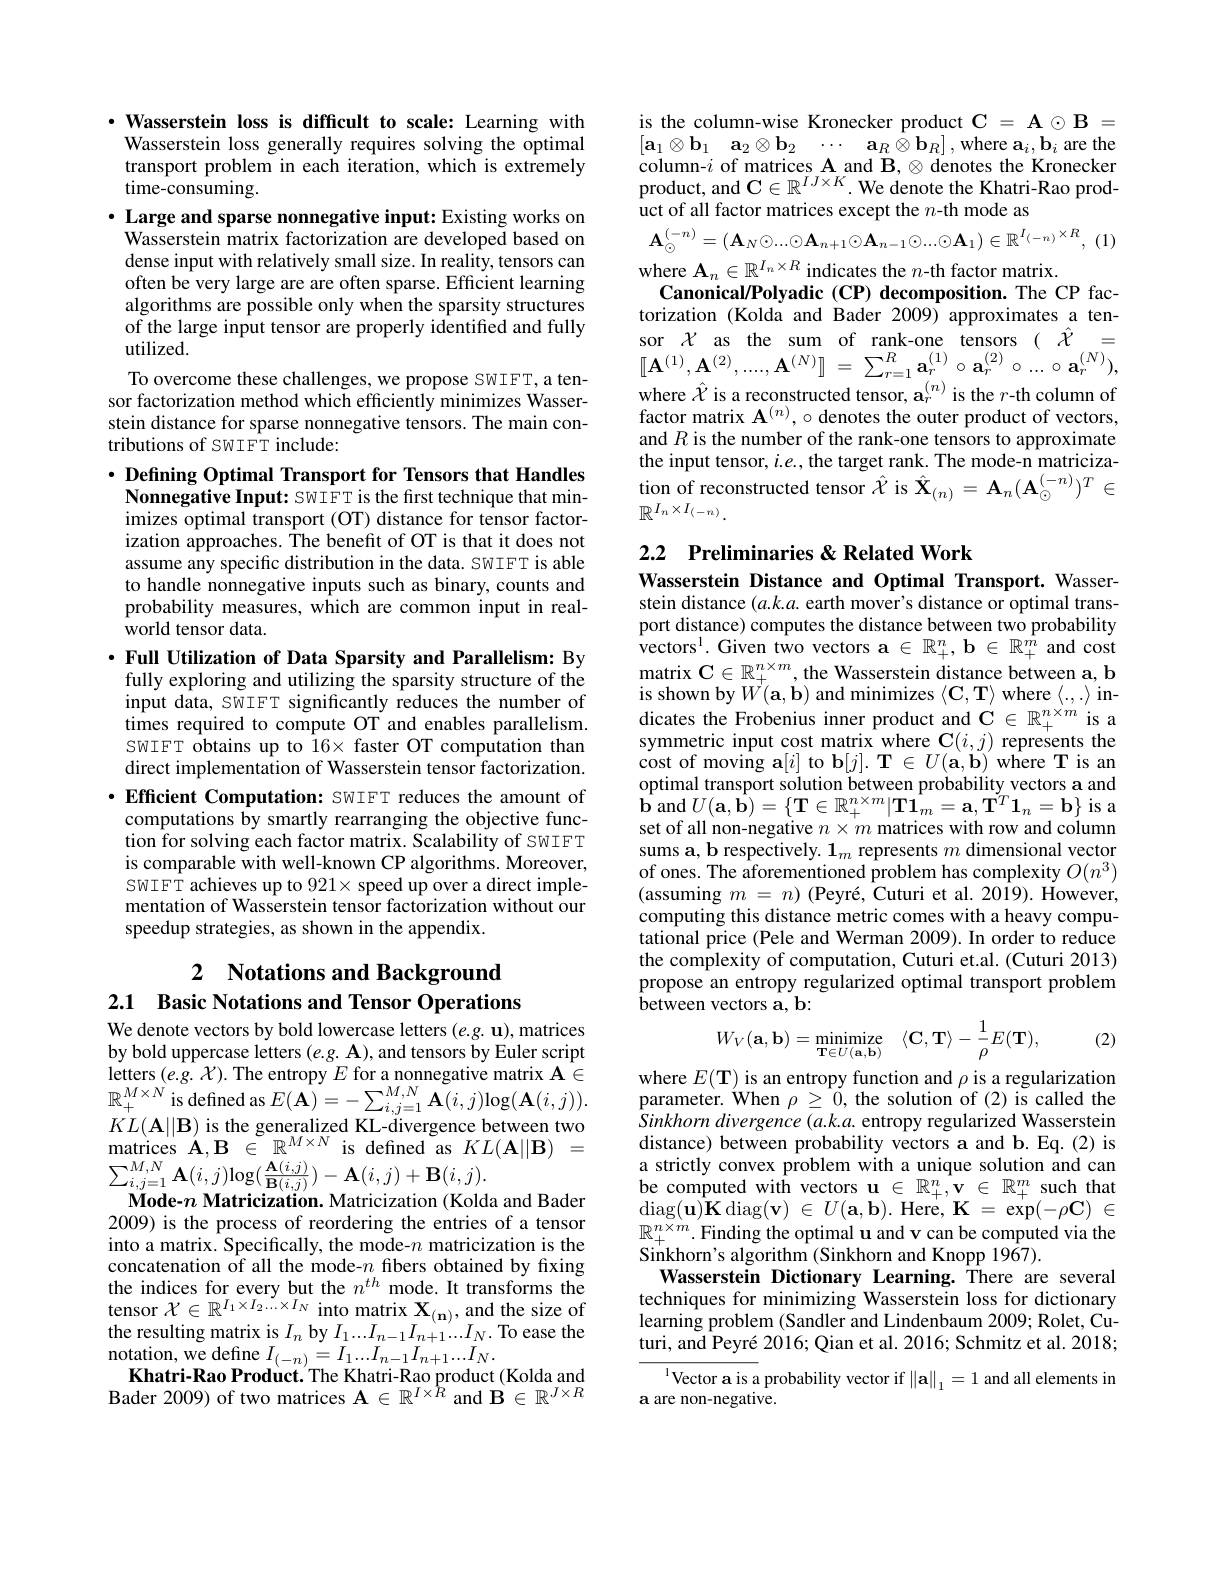
$\cdot$ Wasserstein loss is difficult to scale: Learning with Wasserstein loss generally requires solving the optimal transport problem in each iteration, which is extremely $\dot{\mathrm{time-consuming}}.$
$\cdot$ Large and sparse nonnegative input: Existing works on Wasserstein matrix factorization are developed based on dense input with relatively small size. In reality, tensors can often be very large are are often sparse. Efficient learning algorithms are possible only when the sparsity structures of the large input tensor are properly identified and fully utilized.
To overcome these challenges, we propose SWIFT, a tensor factorization method which efficiently minimizes Wasserstein distance for sparse nonnegative tensors. The main contributions of SWIFT include:

$\cdot$ Defining Optimal Transport for Tensors that Handles Nonnegative Input: SWIFT is the first technique that minimizes optimal transport (OT) distance for tensor factorization approaches. The benefit of OT is that it does not assume any specific distribution in the data. SWIFT is able to handle nonnegative inputs such as binary, counts and probability measures, which are common input in realworld tensor data.

$\cdot$ Full Utilization of Data Sparsity and Parallelism: By fully exploring and utilizing the sparsity structure of the input data, SWIFT significantly reduces the number of times required to compute OT and enables parallelism. SWIFT obtains up to 16× faster OT computation than direct implementation of Wasserstein tensor factorization.

$\cdot$ Efficient Computation: SWIFT reduces the amount of computations by smartly rearranging the objective function for solving each factor matrix. Scalability of SWIFT is comparable with well-known CP algorithms. Moreover, SWIFT achieves up to $921\times$ speed up over a direct implementation of Wasserstein tensor factorization without our speedup strategies, as shown in the appendix.

# 2 Notations and Background 2.1 Basic Notations and Tensor Operations

We denote vectors by bold lowercase letters $( e. g. \textbf{u}) $,matrices by bold uppercase letters $(e.g.\mathbf{A})$, and tensors by Euler script letters$\left ( e. g. \mathcal{X} \right ) .$The entropy$E$ for a nonnegative matrix $\mathbf{A} \in$ $\mathbb{R} _{+ }^{M\times N}$ is defined as $E( \mathbf{A} ) = - \sum _{i, j= 1}^{M, N}\mathbf{A} ( i, j) \log ( \mathbf{A} ( i, j) ) .$ $KI\left ( \mathbf{\Lambda } | | \mathbf{B} \right )$ ic tha anarolizad $V$I divarana boturan tuvan tuve $KL( \mathbf{A} | | \mathbf{B} )$ is the generalized KL- divergence between two matrices A, B $\in$ $R^M\times N$ is defined as $KL( \mathbf{A} | | \mathbf{B} ) =$ $\sum_{i,j=1}^{M,N}\mathbf{A}(i,j)\log(\frac{\mathbf{A}(i,j)}{\mathbf{B}(i,j)})-\mathbf{A}(i,j)+\mathbf{B}(i,j).$ $\textbf{Mode- n Matricization. Matricization. Matricization ( Kolda and }$ 2009) is the process of reordering the entries of a tensor into a matrix. Specifically, the mode-$n$ matricization is the concatenation $\hat{\text{of all the mode-}n}$ fibers obtained by fixing the indices for every but the $n^{th}$ mode. It transforms the tensor $\mathcal{X}\in\mathbb{R}^{I_{1}\times I_{2}\ldots\times I_{N}}$ into matrix $\mathbf{X}_{(\mathbf{n})}$, and the size of the resulting matrix is $I_n$ by $I_1...I_{n-1}I_{n+1}...I_N.$ To ease the notation, we define $I_{(-n)}=I_{1}...I_{n-1}I_{n+1}...I_{N}.$
Khatri-Rao Product. The Khatri-Rao product (Kolda and Bader 2009) of two matrices $\mathbf{A}\in\mathbb{R}^I\times\hat{R}$ and $\mathbf{B}\in\mathbb{R}^J\times R$

is the column-wise Kronecker product $\mathbf{C}=\mathbf{A}\odot\mathbf{B}=$ $\begin{bmatrix}\mathbf{a}_{1}\otimes\mathbf{b}_{1}&\mathbf{a}_{2}\otimes\mathbf{b}_{2}&\cdots&\mathbf{a}_{R}\otimes\mathbf{b}_{R}\end{bmatrix}$,where $\mathbf{a}_{i},\mathbf{b}_{i}$ are the column-$i$ of matrices A and B, $\otimes$ denotes the Kronecker product, and $\mathbf{C}\in\mathbb{R}^IJ\times K.$ We denote the Khatri-Rao product of all factor matrices except the $n$-th mode as

$\mathbf{A} _{\odot }^{( - n) }= ( \mathbf{A} _{N}\odot . . . \odot \mathbf{A} _{n+ 1}\odot \mathbf{A} _{n- 1}\odot . . . \odot \mathbf{A} _{1}) \in \mathbb{R} ^{I_{( - n) }\times R}$, (1)

where $\mathbf{A}_n\in\mathbb{R}^{I_n\times R}$ indicates the $n$-th factor matrix.
Canonical/Polyadic (CP) decomposition. The CP factorization (Kolda and Bader 2009) approximates a ten- $\begin{array}{ll}\mathrm{sor~}\mathcal{X}&\mathrm{as}&\mathrm{the}&\mathrm{sum}&\mathrm{of}&\mathrm{rank-one}&\mathrm{tensors}&(&\hat{\mathcal{X}}=\\\left[\mathbf{A}^{(1)},\mathbf{A}^{(2)},\ldots,\mathbf{A}^{(N)}\right]&=&\sum_{r=1}^{R}\mathbf{a}_{r}^{(1)}\circ\mathbf{a}_{r}^{(2)}\circ\ldots\circ\mathbf{a}_{r}^{(N)}),\end{array}$ where $\hat{\mathcal{X}}$ is a reconstructed tensor, $\mathbf{a}_r^{(n)}$ is the $r$-th column of factor matrix $\mathbf{A}^{(n)},\circ$denotes the outer product of vectors, and $R$ is the number of the rank-one tensors to approximate the input tensor, $i.e.$, the target rank. The mode-n matriciza- $\begin{array}{l}{\text{tion of reconstructed tensor }\hat{\chi}\mathrm{~is~}\hat{\mathbf{X}}_{(n)}=\mathbf{A}_{n}(\mathbf{A}_{\odot}^{(-n)})^{T}\in}\\{\mathbb{R}^{I_{n}\times I_{(-n)}}.}\end{array}$

2.2 Preliminaries &Related Work

Wasserstein Distance and Optimal Transport. Wasserstein distance (a.k.a. earth mover's distance or optimal trans-

port distance) computes the distance between two probability ${\mathrm{vectors}^{1}.{\mathrm{Given~two~vectors~a~\in~}\mathbb{R}_{+}^{n},\mathbf{b~}\in~\mathbb{R}_{+}^{\hat{m}}~and~cost}}$ matrix $\mathbf{C}\in\mathbb{R}_+^{n\times m}$,the Wasserstein distance between a, b is shown by $W(\mathbf{a},\mathbf{b})$ and minimizes $\langle\mathbf{C},\mathbf{T}\rangle$ where $\langle.,.\rangle$ indicates the Frobenius inner product and $\mathbf{C}\in\mathbb{R}_+^{n\times m}$ is a symmetric input cost matrix where $\mathbf{C}(i,j)$ represents the $\dot{\text{cost of moving a}}[i]$ to b$[ j] . \textbf{T}\in U( \mathbf{a} , \mathbf{b} )$ where T is an optimal transport solution between probability vectors a and $\hat{\mathbf{b}}$ and $U(\mathbf{a},\mathbf{\hat{b}})=\{\mathbf{T}\in\mathbb{R}_+^{n\times m}|\mathbf{T1}_m=\mathbf{a},\mathbf{\tilde{T}}^T\mathbf{1}_n=\mathbf{b}\}$ is a set of all non-negative $n\times m$ matrices with row and column sums a, b respectively. $\mathbf{1}_m$ represents $m$ dimensional vector of ones. The aforementioned problem has complexity $O(n^{3})$ (assuming $m= n) ( \text{Peyr\' {e}, Cuturietal. 2019}) .$ However, computing this distance metric comes with a heavy computational price (Pele and Werman 2009).In order to reduce the complexity of computation, Cuturi et.al. (Cuturi 2013) propose an entropy regularized optimal transport problem between vectors a, b:
$$W_V(\mathbf{a},\mathbf{b})=\underset{\mathbf{T}\in U(\mathbf{a},\mathbf{b})}{\operatorname*{minimize}}\quad\langle\mathbf{C},\mathbf{T}\rangle-\frac{1}{\rho}E(\mathbf{T}),$$
(2)

where $E(\mathbf{T})$ is an entropy function and $\rho$ is a regularization parameter. When $\rho\geq0$, the solution of (2) is called the Sinkhorn divergence (a.k.a. entropy regularized Wasserstein distance) between probability vectors a and b. Eq.(2) is a strictly convex problem with a unique solution and can $\begin{array}{l}{\mathrm{be~computed~with~vectors~u~\in~\mathbb{R}_+^n,v~\in~\mathbb{R}_+^m~such~that}}\\{\mathrm{diag(u)K~diag(v)~\in~}U(a,b).~\mathrm{Here,~K~=~exp(-\rho C)~\in~}}\end{array}$ $\mathbb{R}_{+}^{n\times m}.$Finding the optimal u and v can be computed via the Sinkhorn's algorithm (Sinkhorn and Knopp 1967).
Wasserstein Dictionary Learning.There are several techniques for minimizing Wasserstein loss for dictionary learning problem (Sandler and Lindenbaum 2009; Rolet, Cuturi, and Peyré 2016; Qian et al. 2016; Schmitz et al. 2018;
$^{1}$Vector a is a probability vector if $\left\|\mathbf{a}\right\|_1=1$ and all elements in

a are non-negative.